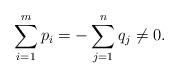
LaTeX: \begin{align*}\sum_{i=1}^m p_i=-\sum_{j=1}^n q_j\neq 0.\end{align*}